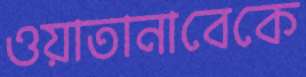
ওয়াতানাবেকে